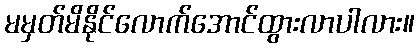
မမှတ်မိနိုင်လောက်အောင်ထွားလာပါလား။